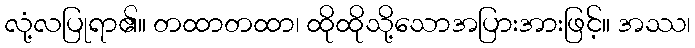
လုံ့လပြုရာ၏။ တထာတထာ၊ ထိုထိုသို့သောအပြားအားဖြင့်။ အဿ၊